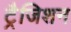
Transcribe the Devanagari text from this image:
ट्रैजिशन